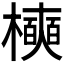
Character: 𪴑